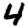
Digit: 4